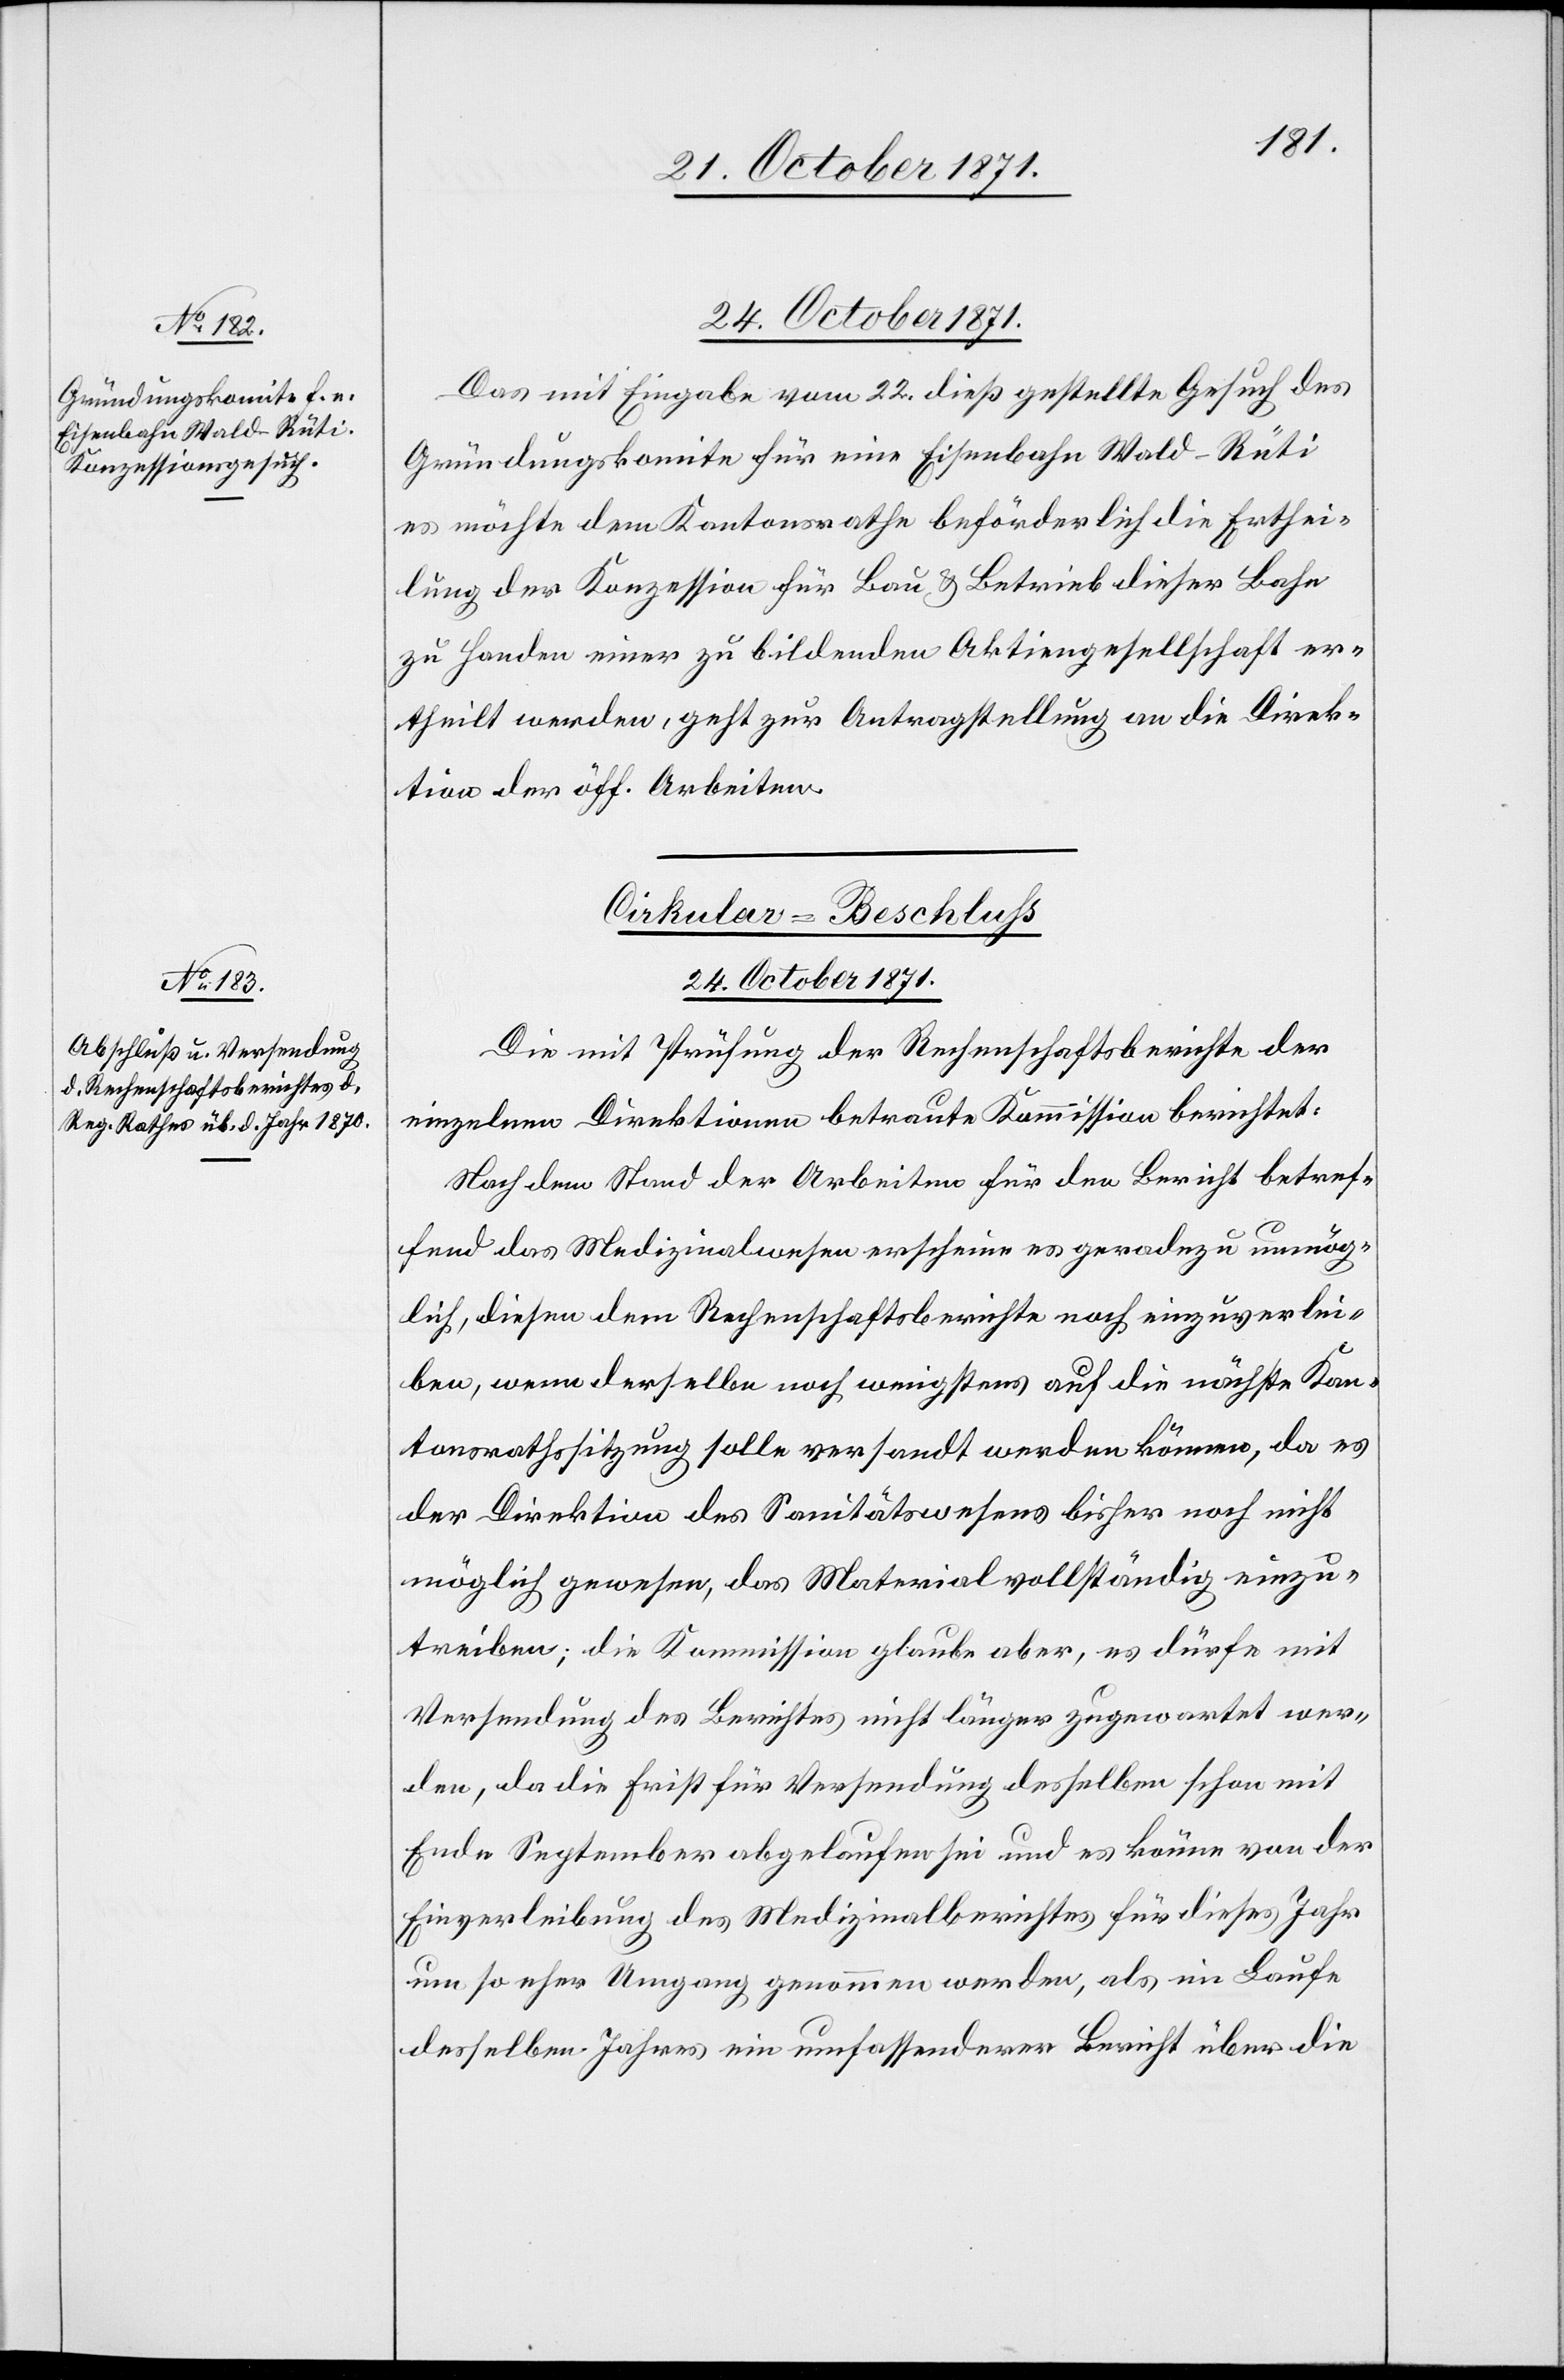
Das mit Eingabe vom 22. dieß gestellte Gesuch des
Gründungskomite für eine Eisenbahn Wald–Rüti
es möchte dem Kantonsrathe beförderlich die Erthei¬
lung der Konzession für Bau & Betrieb dieser Bahn
zu Handen einer zu bildenden Aktiengesellschaft er¬
theilt werden, geht zur Antragstellung an die Direk¬
tion der öff. Arbeiten.
Cirkular-Beschluss.
24. October 1871.
Die mit Prüfung der Rechenschaftsberichte der
einzelnen Direktionen betraute Kommission berichtet:
Nach dem Stand der Arbeiten für den Bericht betref¬
fend das Medizinalwesen erscheine es geradezu unmög¬
lich, diesen dem Rechenschaftsberichte noch einzuverlei¬
ben, wenn derselbe noch wenigstens auf die nächste Kan¬
tonsrathssitzung solle versandt werden können, da es
der Direktion des Sanitätswesens bisher noch nicht
möglich gewesen, das Material vollständig einzu¬
treiben; die Kommission glaube aber, es dürfe mit
Versendung des Berichtes nicht länger zugewartet wer¬
den, da die Frist für Versendung desselben schon mit
Ende September abgelaufen sei und es könne von der
Einverleibung des Medizinalberichtes für dieses Jahr
um so eher Umgang genommen werden, als im Laufe
desselben Jahres ein umfassenderer Bericht über die